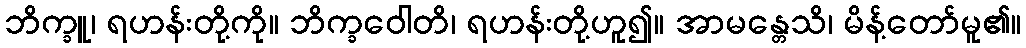
ဘိက္ခူ၊ ရဟန်းတို့ကို။ ဘိက္ခဝေါတိ၊ ရဟန်းတို့ဟူ၍။ အာမန္တေသိ၊ မိန့်တော်မူ၏။